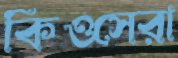
কিওসেরা